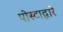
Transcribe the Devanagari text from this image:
पोस्टाद्वारे